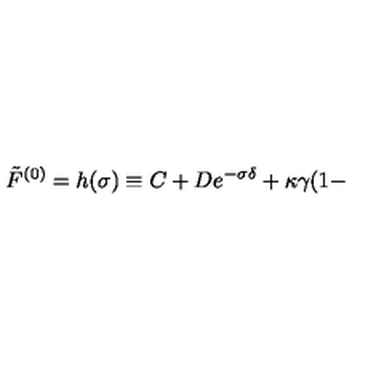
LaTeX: \tilde { F } ^ { ( 0 ) } = h ( \sigma ) \equiv C + D e ^ { - \sigma \delta } + \kappa \gamma ( 1 -